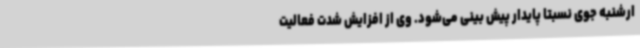
ارشنبه جوی نسبتا پایدار پیش بینی می‌شود. وی از افزایش شدت فعالیت